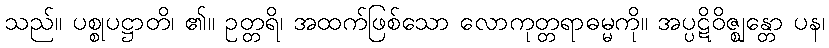
သည်။ ပစ္စုပဋ္ဌာတိ၊ ၏။ ဥတ္တရိ၊ အထက်ဖြစ်သော လောကုတ္တရာဓမ္မကို။ အပ္ပဋိဝိဇ္ဈန္တော ပန၊